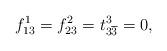
LaTeX: \begin{align*}f^1_{13}=f^2_{23}=t^3_{3\overline{3}}=0, \end{align*}